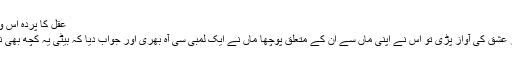
عقل کا پردہ اس وقت ہٹتا ہے جب سب کچھ کھو چکا ہوتا ہے اور یہ کہنا پڑتا ہے
کہا جاتا ہے کہ ایک نوجون لڑکی کے کانوں میں پیار‘محبت اور عشق کی آواز پڑی تو اس نے اپنی ماں سے ان کے متعلق پوچھا ماں نے ایک لمبی سی آہ بھری اور جواب دیا کہ بیٹی یہ کچھ بھی نہیں صرف مفت میں شہوانی خواہشات کی تکمیل کے بہانے ہیں۔